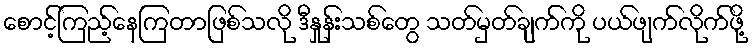
စောင့်ကြည့်နေကြတာဖြစ်သလို ဒီနှုန်းသစ်တွေ သတ်မှတ်ချက်ကို ပယ်ဖျက်လိုက်ဖို့